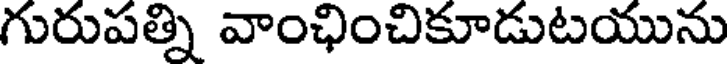
గురుపత్ని వాంఛించికూడుటయును